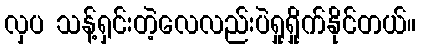
လှပ သန့်ရှင်းတဲ့လေလည်းပဲရှုရှိုက်နိုင်တယ်။